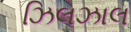
ઝિલઝાલ